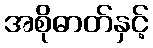
အစိုဓာတ်နှင့်